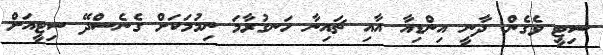
ސިޓީ ވެގެން ދާނީ އިންޑިއާ އާއި ޗައިނާ ހަނގުރާމަ ނިމުމަކަށް ގެނެސްދޭ ސިޓީއަށް